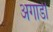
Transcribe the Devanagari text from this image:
अगाडी